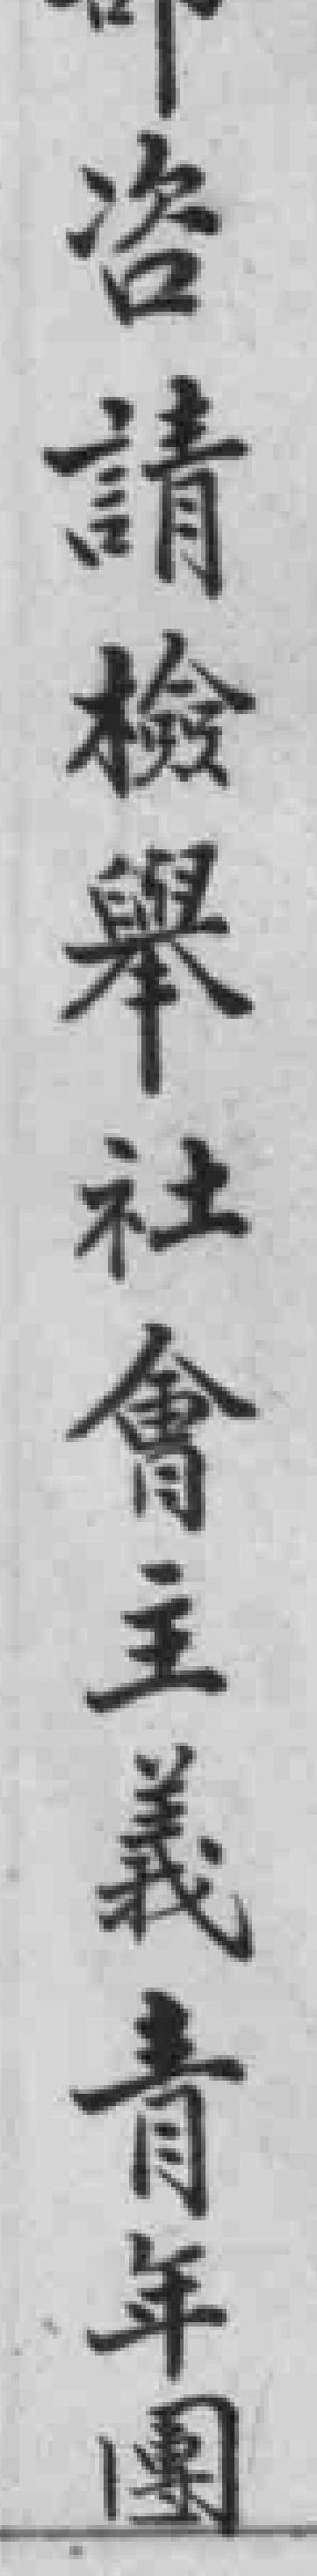
咨請檢舉社會主義青年團